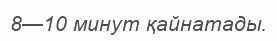
8—10 минут қайнатады.